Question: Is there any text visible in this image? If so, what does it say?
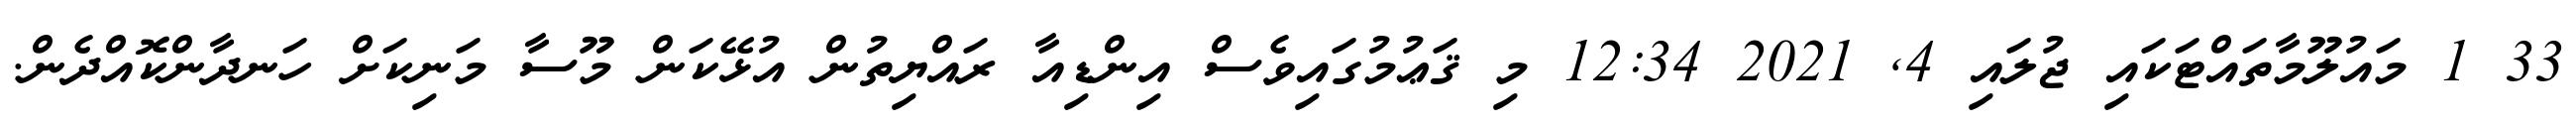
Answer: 33 1 މައުލޫމާތައްޓަކައި ޖުލައި 4, 2021 12:34 މި ޤަޢުމުގައިވެސް އިންޑިއާ ރައްޔިތުން އުޅޭކަން މޫސާ މަނިކަށް ހަނދާންކޮއްދެން.